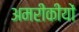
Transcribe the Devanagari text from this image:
अमरीकीयों